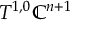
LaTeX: T ^ { 1 , 0 } \mathbb { C } ^ { n + 1 }